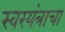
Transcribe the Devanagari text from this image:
स्वरयंत्राचा